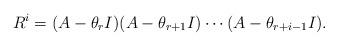
LaTeX: \begin{align*}R^i = (A-\theta_r I ) (A-\theta_{r+1}I) \cdots (A-\theta_{r+i-1}I).\end{align*}